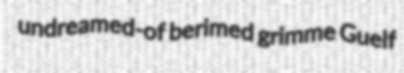
undreamed-of berimed grimme Guelf